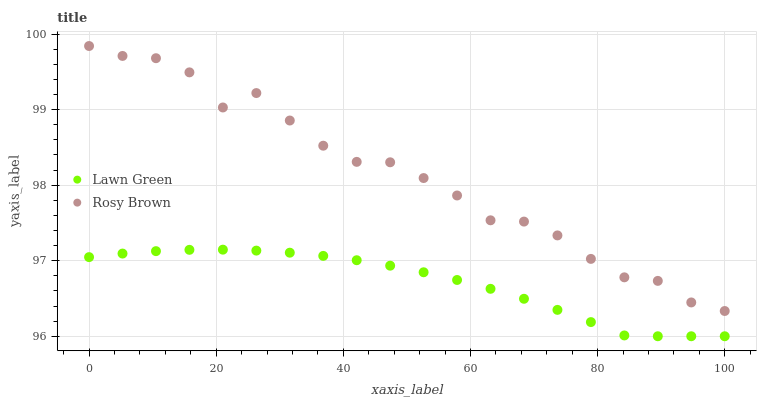
| xaxis_label | Lawn Green | Rosy Brown |
 | --- | --- | --- |
 | 0 | 97 | 99.8 |
 | 5.26 | 97.1 | 99.7 |
 | 10.5 | 97.1 | 99.7 |
 | 15.8 | 97.1 | 99.5 |
 | 21.1 | 97.1 | 99 |
 | 26.3 | 97.1 | 99.2 |
 | 31.6 | 97.1 | 98.9 |
 | 36.8 | 97.1 | 98.5 |
 | 42.1 | 97 | 98.3 |
 | 47.4 | 96.9 | 98.3 |
 | 52.6 | 96.8 | 98.1 |
 | 57.9 | 96.7 | 97.9 |
 | 63.2 | 96.6 | 97.5 |
 | 68.4 | 96.5 | 97.5 |
 | 73.7 | 96.3 | 97.3 |
 | 78.9 | 96.2 | 97 |
 | 84.2 | 96 | 96.8 |
 | 89.5 | 96 | 96.7 |
 | 94.7 | 96 | 96.4 |
 | 100 | 96 | 96.3 |